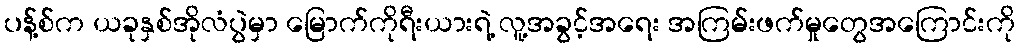
ပန့်စ်က ယခုနှစ်အိုလံပွဲမှာ မြောက်ကိုရီးယားရဲ့ လူ့အခွင့်အရေး အကြမ်းဖက်မှုတွေအကြောင်းကို